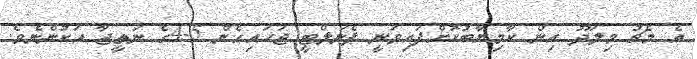
އެ މެޗު މިލަދޫ އިން ކާމިޔާބުކޮށްފައިވަނީ ޕެނަލްޓީ ޖަހައިގެން 5-4ގެ ނަތީޖާ އަކުންނެވެ.